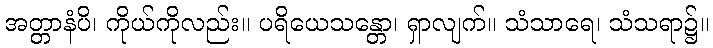
အတ္တာနံပိ၊ ကိုယ်ကိုလည်း။ ပရိယေသန္တော၊ ရှာလျက်။ သံသာရေ၊ သံသရာ၌။